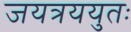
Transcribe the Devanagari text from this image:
जयत्रययुतः